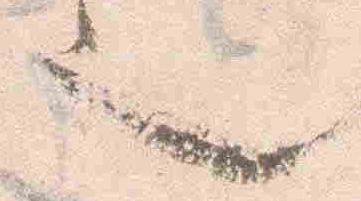
也